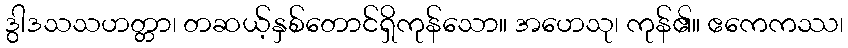
ဒွါဒသသဟတ္တာ၊ တဆယ့်နှစ်တောင်ရှိကုန်သော။ အဟေသု၊ ကုန်၏။ ဧကေကဿ၊